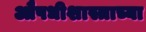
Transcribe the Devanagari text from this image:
औषधीशास्त्राच्या